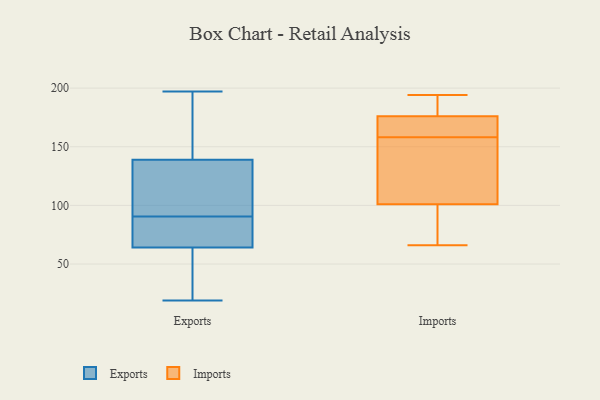
{"axis": {"x": "Gross Profit (USD K)", "y": "Value"}, "legend": ["Exports", "Imports"], "data": [{"x": "", "y": 19, "type": "Exports"}, {"x": "", "y": 58, "type": "Exports"}, {"x": "", "y": 94, "type": "Exports"}, {"x": "", "y": 34, "type": "Exports"}, {"x": "", "y": 67, "type": "Exports"}, {"x": "", "y": 131, "type": "Exports"}, {"x": "", "y": 139, "type": "Exports"}, {"x": "", "y": 82, "type": "Exports"}, {"x": "", "y": 27, "type": "Exports"}, {"x": "", "y": 81, "type": "Exports"}, {"x": "", "y": 185, "type": "Exports"}, {"x": "", "y": 148, "type": "Exports"}, {"x": "", "y": 87, "type": "Exports"}, {"x": "", "y": 108, "type": "Exports"}, {"x": "", "y": 152, "type": "Exports"}, {"x": "", "y": 112, "type": "Exports"}, {"x": "", "y": 197, "type": "Exports"}, {"x": "", "y": 64, "type": "Exports"}, {"x": "", "y": 158, "type": "Imports"}, {"x": "", "y": 194, "type": "Imports"}, {"x": "", "y": 105, "type": "Imports"}, {"x": "", "y": 158, "type": "Imports"}, {"x": "", "y": 101, "type": "Imports"}, {"x": "", "y": 174, "type": "Imports"}, {"x": "", "y": 66, "type": "Imports"}, {"x": "", "y": 178, "type": "Imports"}, {"x": "", "y": 80, "type": "Imports"}, {"x": "", "y": 176, "type": "Imports"}]}